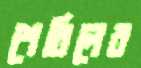
শেরিলের